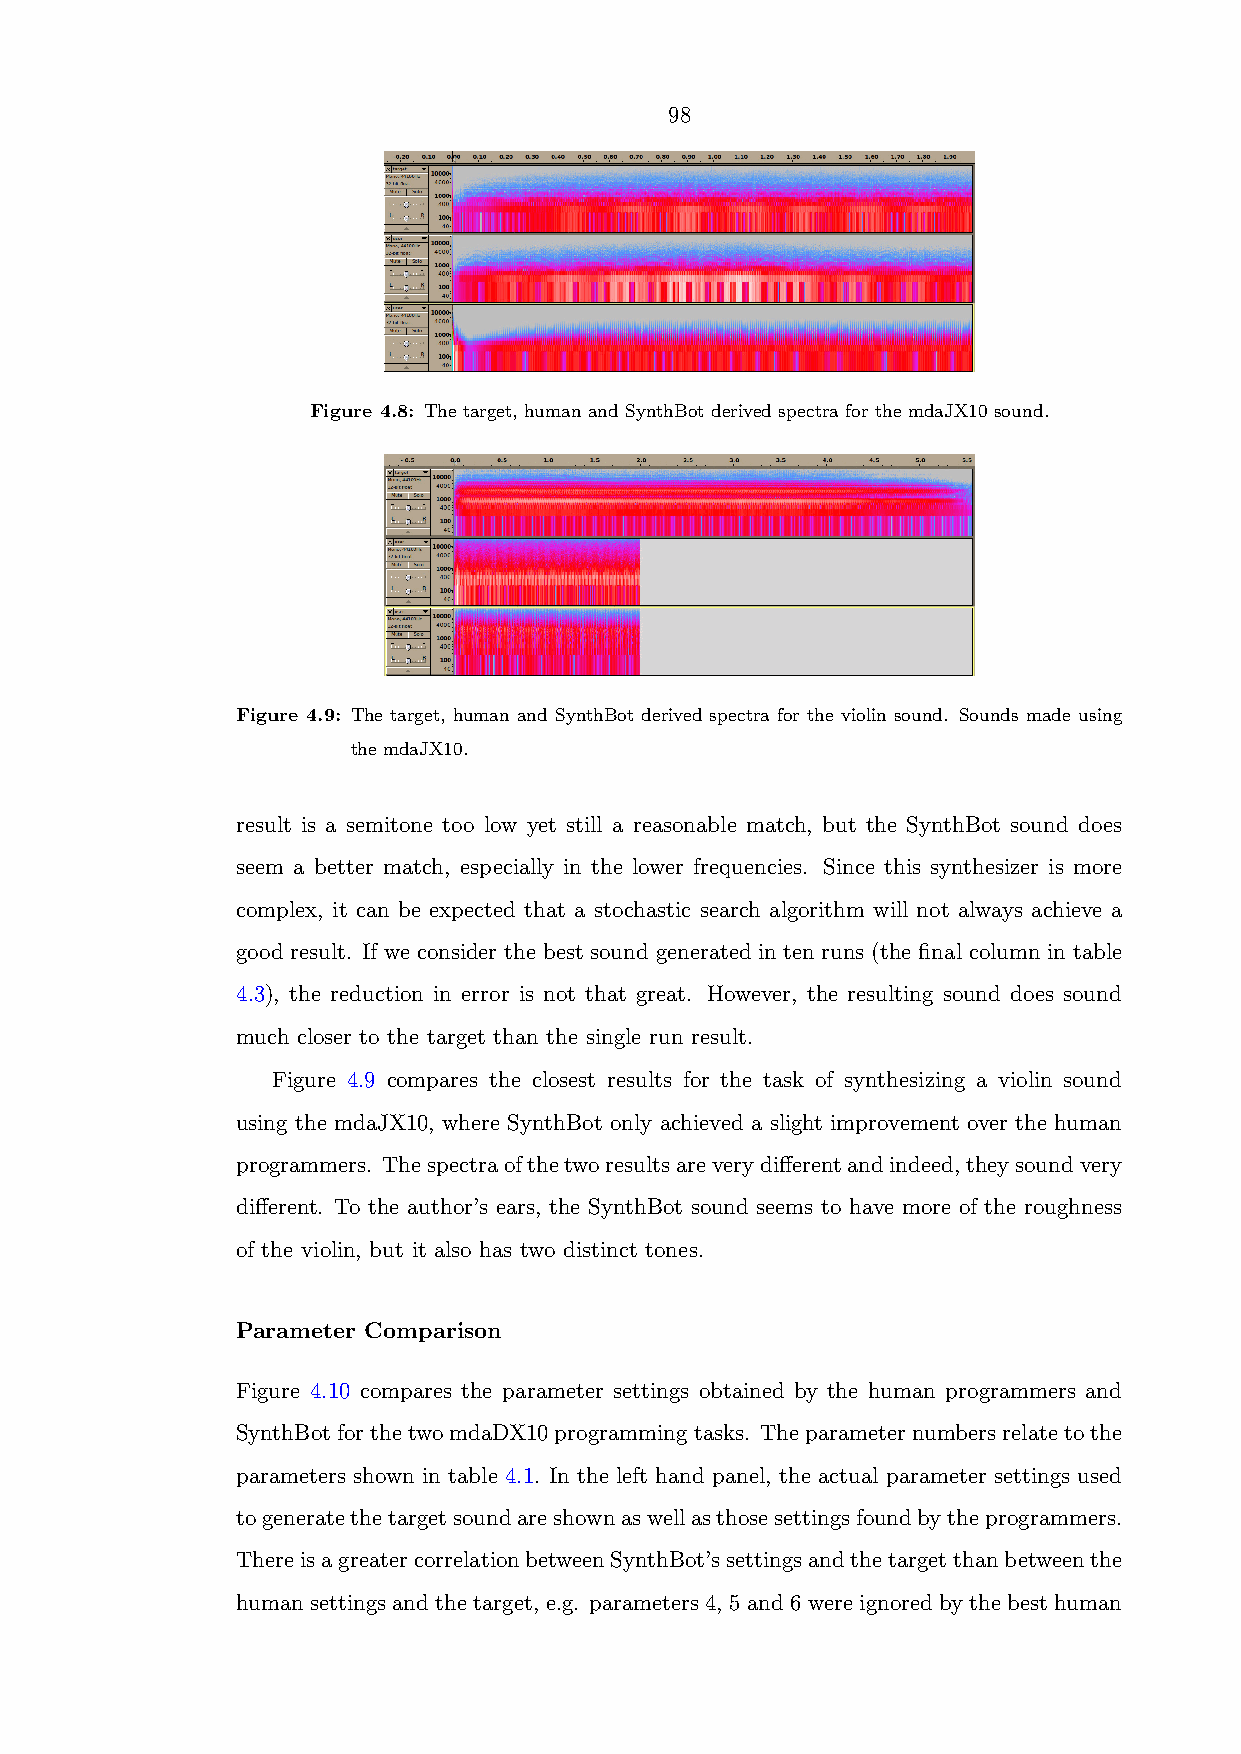
98
 Figure 4.8: The target, human and SynthBot derived spectra for the mdaJX10 sound.
 Figure 4.9: The target, human and SynthBot derived spectra for the violin sound. Sounds made using
 the mdaJX10.
 result is a semitone too low yet still a reasonable match, but the SynthBot sound does
 seem a better match, especially in the lower frequencies. Since this synthesizer is more
 complex, it can be expected that a stochastic search algorithm will not always achieve a
 good result. If we consider the best sound generated in ten runs (the final column in table
 4.3), the reduction in error is not that great. However, the resulting sound does sound
 much closer to the target than the single run result.
 Figure 4.9 compares the closest results for the task of synthesizing a violin sound
 using the mdaJX10, where SynthBot only achieved a slight improvement over the human
 programmers. Thespectraofthetworesultsareverydifferentandindeed,theysoundvery
 different. To the author’s ears, the SynthBot sound seems to have more of the roughness
 of the violin, but it also has two distinct tones.
 Parameter Comparison
 Figure 4.10 compares the parameter settings obtained by the human programmers and
 SynthBotforthetwomdaDX10programmingtasks. Theparameternumbersrelatetothe
 parameters shown in table 4.1. In the left hand panel, the actual parameter settings used
 togeneratethetargetsoundareshownaswellasthosesettingsfoundbytheprogrammers.
 ThereisagreatercorrelationbetweenSynthBot’ssettingsandthetargetthanbetweenthe
 human settings and the target, e.g. parameters 4, 5 and 6 were ignored by the best human